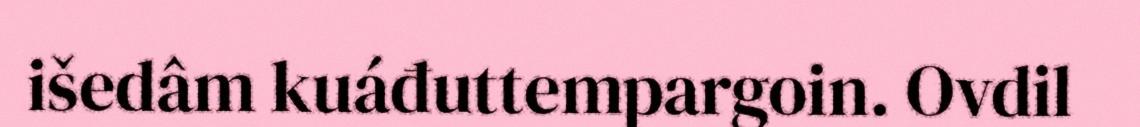
išedâm kuáđuttempargoin. Ovdil